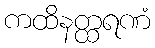
ကထိနတ္ထရဏံ